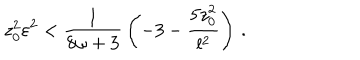
LaTeX: z _ { 0 } ^ { 2 } \varepsilon ^ { 2 } < { \frac { 1 } { 8 \omega + 3 } } \left( - 3 - { \frac { 5 z _ { 0 } ^ { 2 } } { l ^ { 2 } } } \right) \, .